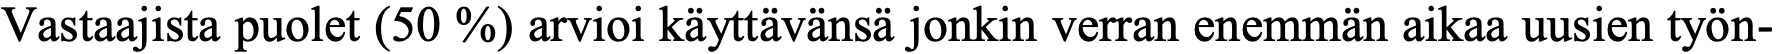
Vastaajista puolet (50 %) arvioi käyttävänsä jonkin verran enemmän aikaa uusien työn-